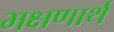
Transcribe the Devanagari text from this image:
भक्षणार्थ